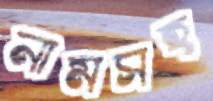
নামসহ